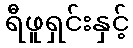
ရီဖူရှင်းနှင့်